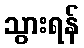
သွားရန်